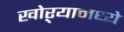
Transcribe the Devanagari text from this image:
खोऱ्यामध्ये